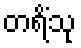
တရိံသု